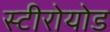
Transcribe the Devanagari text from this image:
स्टीरोयोड